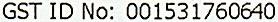
GST ID NO: 001531760640